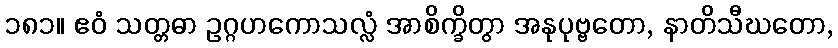
၁၈၁။ ဧဝံ သတ္တဓာ ဥဂ္ဂဟကောသလ္လံ အာစိက္ခိတွာ အနုပုဗ္ဗတော, နာတိသီဃတော,